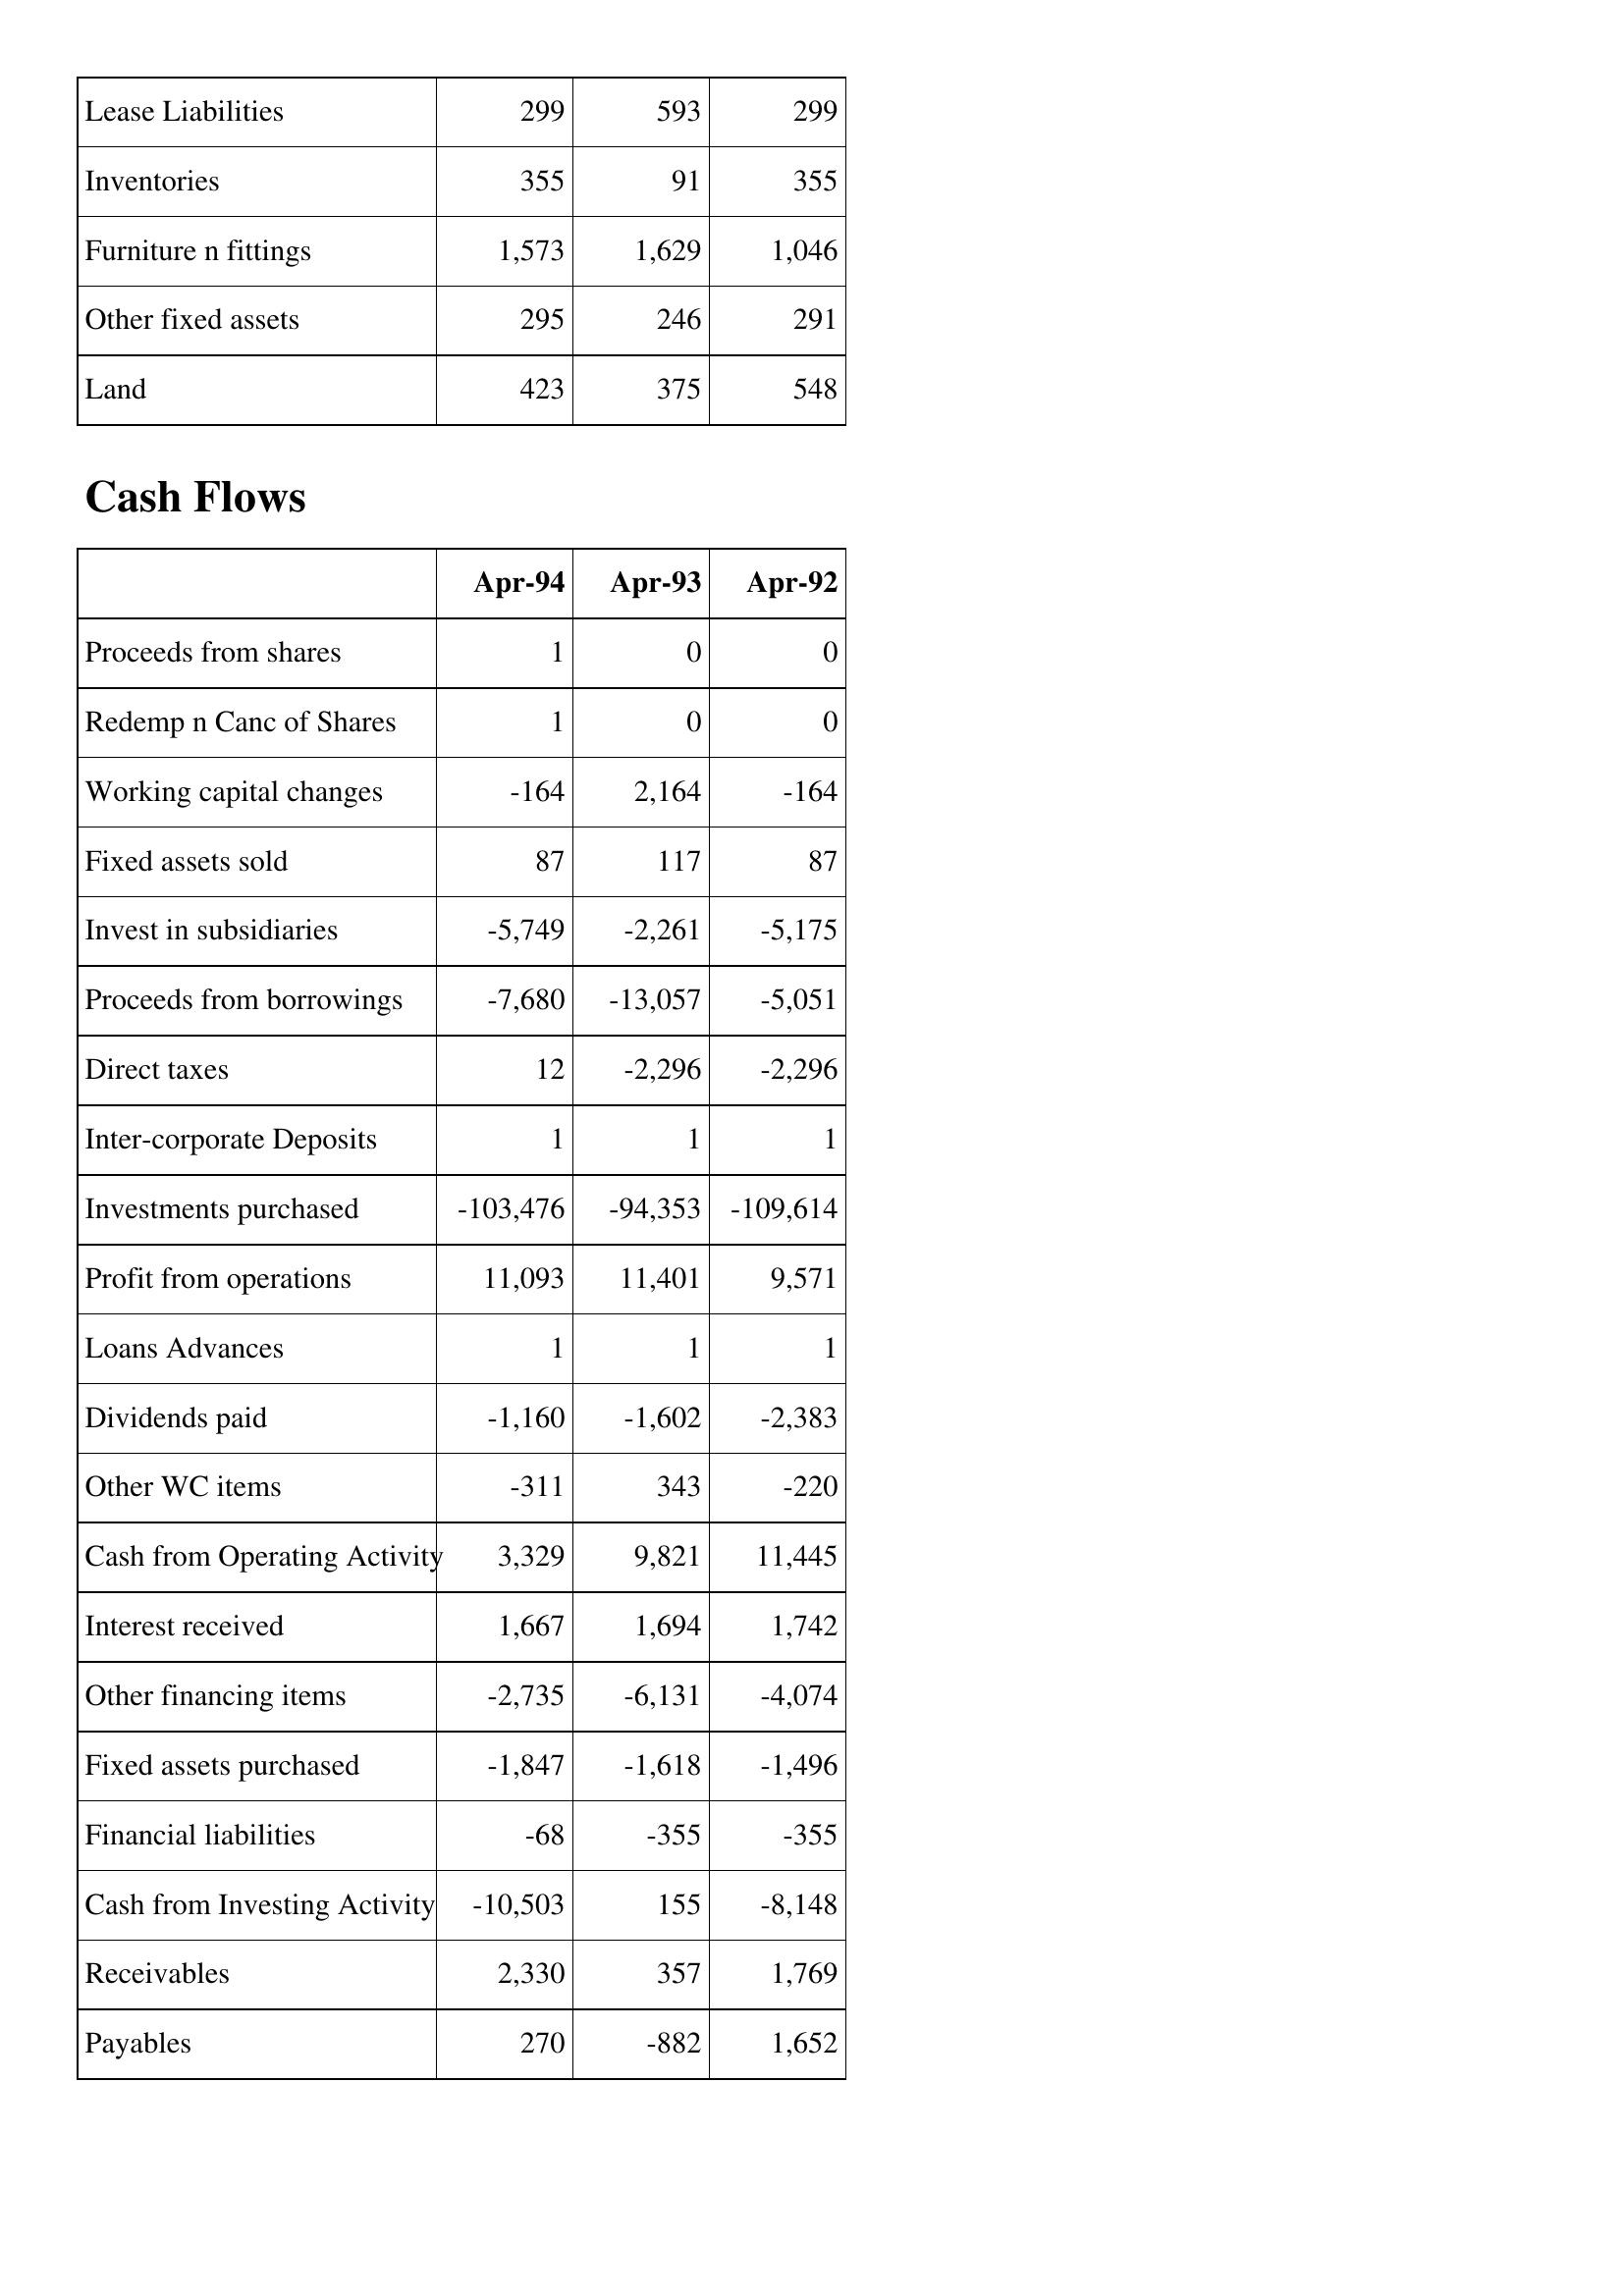
Apr-94: Balance Sheet: Lease Liabilities: 299
Inventories: 355
Furniture n fittings: 1,573
Other fixed assets: 295
Land: 423
Cash Flows: Proceeds from shares: 1
Redemp n Canc of Shares: 1
Working capital changes: -164
Fixed assets sold: 87
Invest in subsidiaries: -5,749
Proceeds from borrowings: -7,680
Direct taxes: 12
Inter-corporate Deposits: 1
Investments purchased: -103,476
Profit from operations: 11,093
Loans Advances: 1
Dividends paid: -1,160
Other WC items: -311
Cash from Operating Activity: 3,329
Interest received: 1,667
Other financing items: -2,735
Fixed assets purchased: -1,847
Financial liabilities: -68
Cash from Investing Activity: -10,503
Receivables: 2,330
Payables: 270
Apr-93: Balance Sheet: Lease Liabilities: 593
Inventories: 91
Furniture n fittings: 1,629
Other fixed assets: 246
Land: 375
Cash Flows: Proceeds from shares: 0
Redemp n Canc of Shares: 0
Working capital changes: 2,164
Fixed assets sold: 117
Invest in subsidiaries: -2,261
Proceeds from borrowings: -13,057
Direct taxes: -2,296
Inter-corporate Deposits: 1
Investments purchased: -94,353
Profit from operations: 11,401
Loans Advances: 1
Dividends paid: -1,602
Other WC items: 343
Cash from Operating Activity: 9,821
Interest received: 1,694
Other financing items: -6,131
Fixed assets purchased: -1,618
Financial liabilities: -355
Cash from Investing Activity: 155
Receivables: 357
Payables: -882
Apr-92: Balance Sheet: Lease Liabilities: 299
Inventories: 355
Furniture n fittings: 1,046
Other fixed assets: 291
Land: 548
Cash Flows: Proceeds from shares: 0
Redemp n Canc of Shares: 0
Working capital changes: -164
Fixed assets sold: 87
Invest in subsidiaries: -5,175
Proceeds from borrowings: -5,051
Direct taxes: -2,296
Inter-corporate Deposits: 1
Investments purchased: -109,614
Profit from operations: 9,571
Loans Advances: 1
Dividends paid: -2,383
Other WC items: -220
Cash from Operating Activity: 11,445
Interest received: 1,742
Other financing items: -4,074
Fixed assets purchased: -1,496
Financial liabilities: -355
Cash from Investing Activity: -8,148
Receivables: 1,769
Payables: 1,652